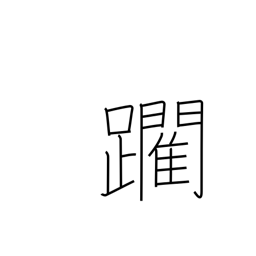
Meaning: edge forward